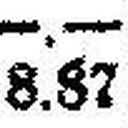
8.87